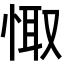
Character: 𢛏